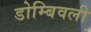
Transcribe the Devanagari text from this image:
डोम्बिवली